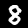
Label: 8